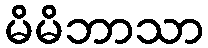
မိမိဘာသာ